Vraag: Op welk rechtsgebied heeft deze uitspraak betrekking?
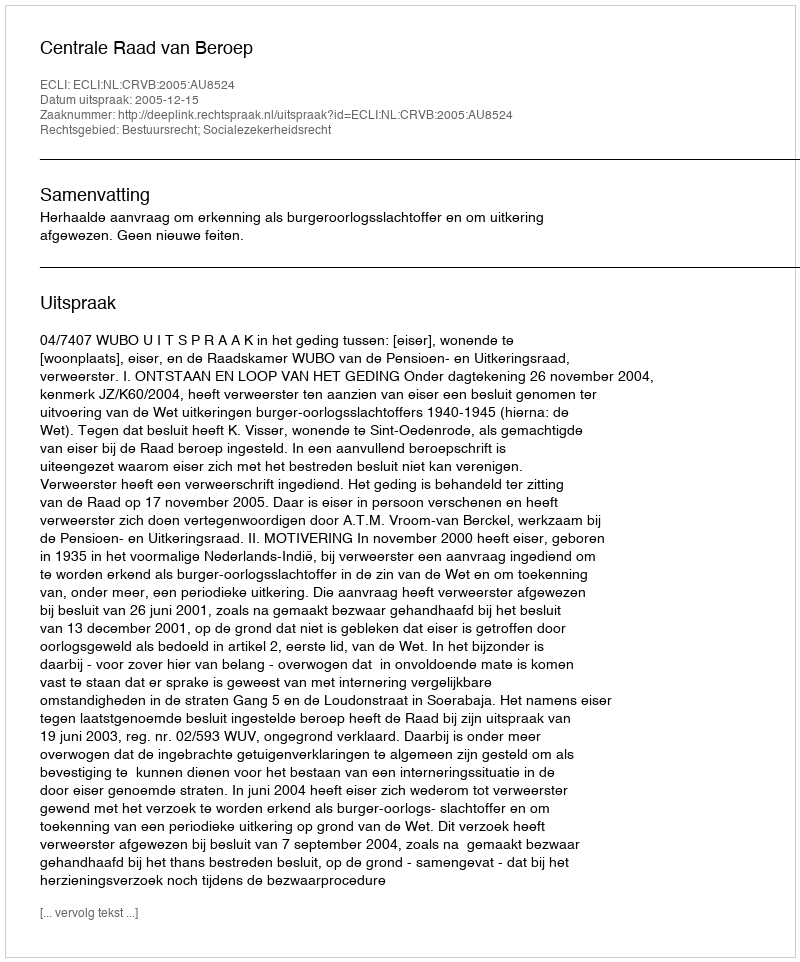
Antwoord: Bestuursrecht; Socialezekerheidsrecht